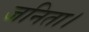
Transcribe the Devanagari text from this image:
जनिता।